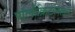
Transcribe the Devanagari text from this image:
पॉलीक्रिटलाइन